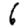
Digit: 6